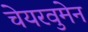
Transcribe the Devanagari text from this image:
चेयरवुमेन